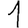
Digit: 1